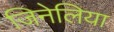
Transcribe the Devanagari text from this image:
जिनेलिया